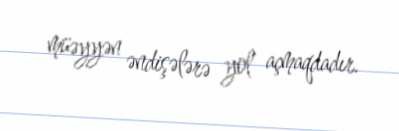
müəyyən əndişələrə yol açmaqdadır.